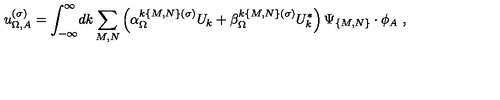
u _ { \Omega , A } ^ { ( \sigma ) } = \int _ { - \infty } ^ { \infty } \! d k \sum _ { M , N } \left( \alpha _ { \Omega } ^ { k \{ M , N \} ( \sigma ) } U _ { k } + \beta _ { \Omega } ^ { k \{ M , N \} ( \sigma ) } U _ { k } ^ { * } \right) \Psi _ { \{ M , N \} } \cdot \phi _ { A } \ ,